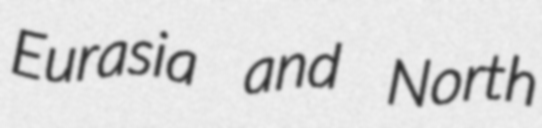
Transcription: Eurasia and North